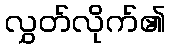
လွှတ်လိုက်၏